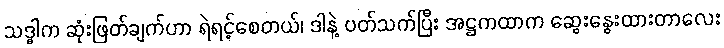
သဒ္ဓါက ဆုံးဖြတ်ချက်ဟာ ရဲရင့်စေတယ်၊ ဒါနဲ့ ပတ်သက်ပြီး အဋ္ဌကထာက ဆွေးနွေးထားတာလေး